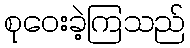
စုဝေးခဲ့ကြသည်